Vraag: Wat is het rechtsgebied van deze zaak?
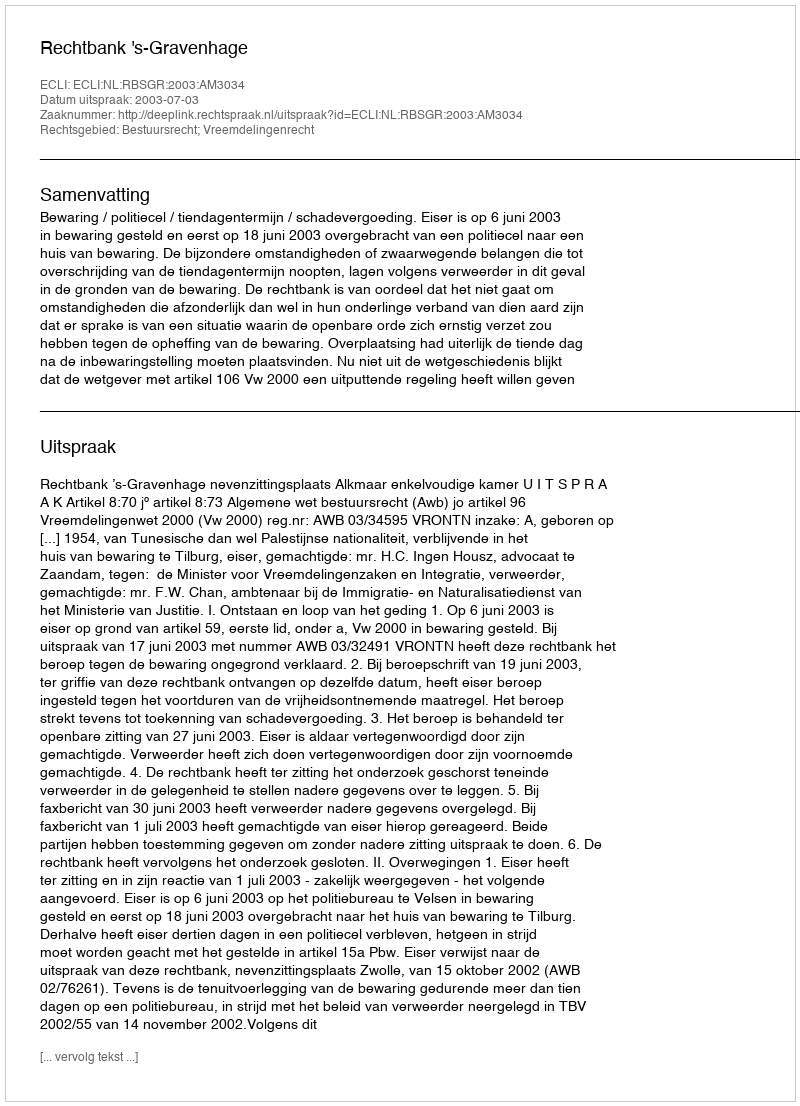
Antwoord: Bestuursrecht; Vreemdelingenrecht